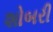
શોબરી